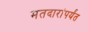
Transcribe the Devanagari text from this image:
मतदारांपर्यंत